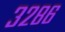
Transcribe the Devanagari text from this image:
३२८६